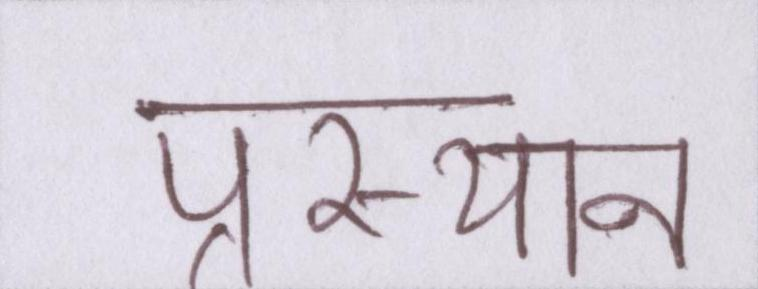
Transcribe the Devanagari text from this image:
प्रस्थान